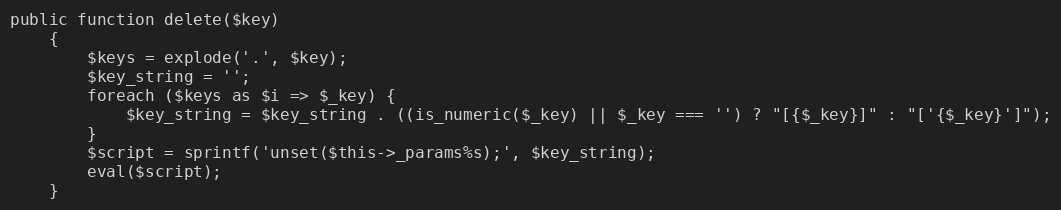
Language: PHP
public function delete($key)
    {
        $keys = explode('.', $key);
        $key_string = '';
        foreach ($keys as $i => $_key) {
            $key_string = $key_string . ((is_numeric($_key) || $_key === '') ? "[{$_key}]" : "['{$_key}']");
        }
        $script = sprintf('unset($this->_params%s);', $key_string);
        eval($script);
    }